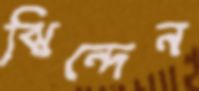
ঝিন্দেন